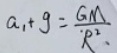
a _ { 2 } + g = \frac { G M } { R ^ { 2 } 、 }